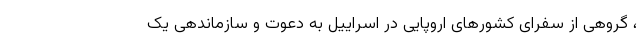
، گروهی از سفرای کشورهای اروپایی در اسراییل به دعوت و سازماندهی یک